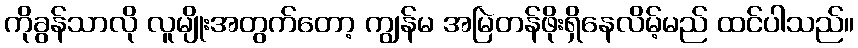
ကိုခွန်သာလို လူမျိုးအတွက်တော့ ကျွန်မ အမြဲတန်ဖိုးရှိနေလိမ့်မည် ထင်ပါသည်။